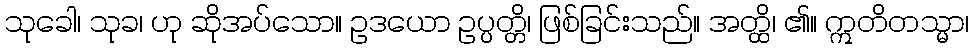
သုခေါ၊ သုခ၊ ဟု ဆိုအပ်သော။ ဥဒယော ဥပ္ပတ္တိ၊ ဖြစ်ခြင်းသည်။ အတ္ထိ၊ ၏။ ဣတိတသ္မာ၊